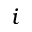
i